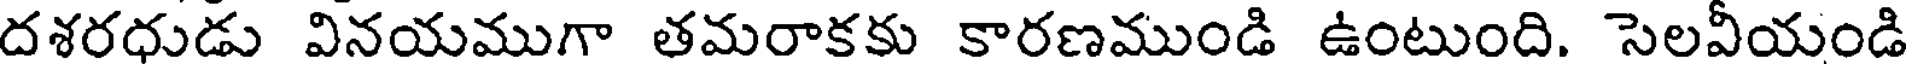
దశరధుడు వినయముగా తమరాకకు కారణముండి ఉంటుంది. సెలవీయండి